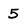
Character: 5